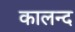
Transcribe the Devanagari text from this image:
कालन्द